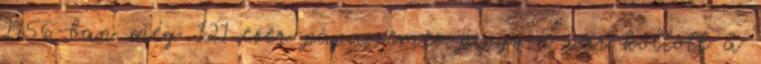
1956-ban még 121 ezer pápaszemes pingvin pár költött a